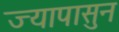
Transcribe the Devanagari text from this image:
ज्यापासुन